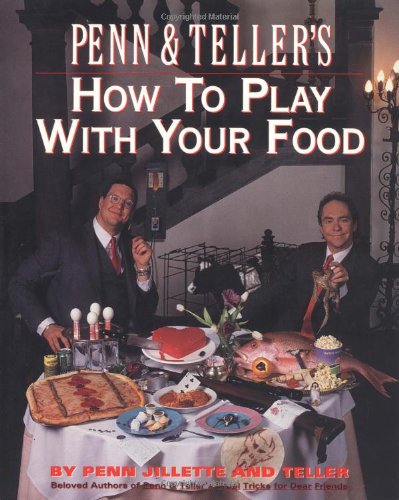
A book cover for Penn and Teller's How to Play with Your Food; Penn Jillette; Humor & Entertainment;